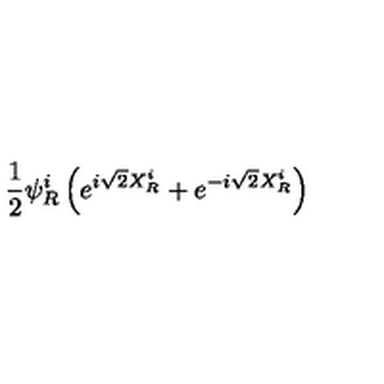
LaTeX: \frac { 1 } { 2 } \psi _ { R } ^ { i } \left( e ^ { i \sqrt { 2 } X _ { R } ^ { i } } + e ^ { - i \sqrt { 2 } X _ { R } ^ { i } } \right)